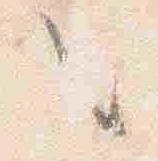
之